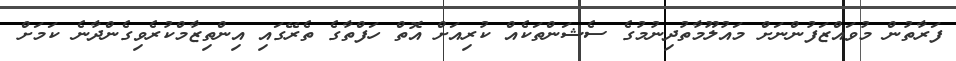
ފަރާތުން މުވައްޒަފުންނަށް މައުލޫމާތުދިނުމުގެ ސެޝަންތަކެއް ކުރިއަށް އޮތް ހަފްތާގެ ތެރޭގައި އިންތިޒާމްކުރެވިގެންދާނެ ކަމަށް